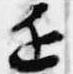
近